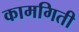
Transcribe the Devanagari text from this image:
कामगिती